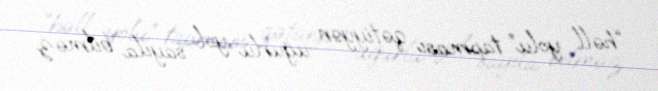
“həll yolu” tapması qətiyyən uğurlu yol sayıla bilməz.